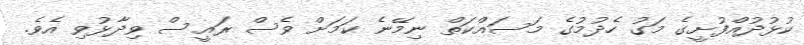
ކުޅުދުއްފުށީގެ މަގު ހެދުމުގެ މަސައްކަތް ނިމޭނެ ކަމަށް ވެސް ރައީސް ވިދާޅުވި އެވެ.